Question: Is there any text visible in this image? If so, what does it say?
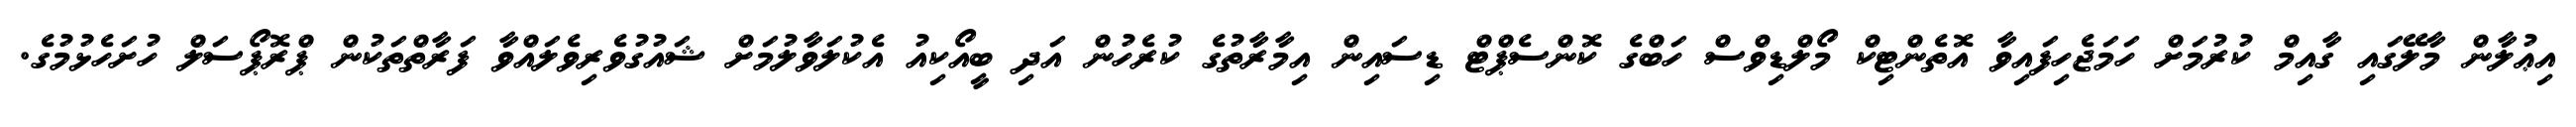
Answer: އިޢުލާން މާލޭގައި ގާއިމް ކުރުމަށް ހަމަޖެހިފައިވާ އޮތެންޓިކް މޯލްޑިވްސް ހަބްގެ ކޮންސެޕްޓް ޑިސައިން އިމާރާތުގެ ކުރެހުން އަދި ބީއޯކިއު އެކުލަވާލުމަށް ޝައުގުވެރިވެލައްވާ ފަރާތްތަކުން ޕްރޮޕޯސަލް ހުށަހެޅުމުގެ.